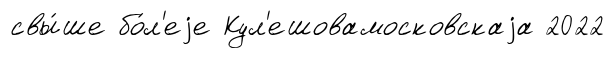
свы́ше бо́л'еjе Кул'ешовамосковскаjа 2022